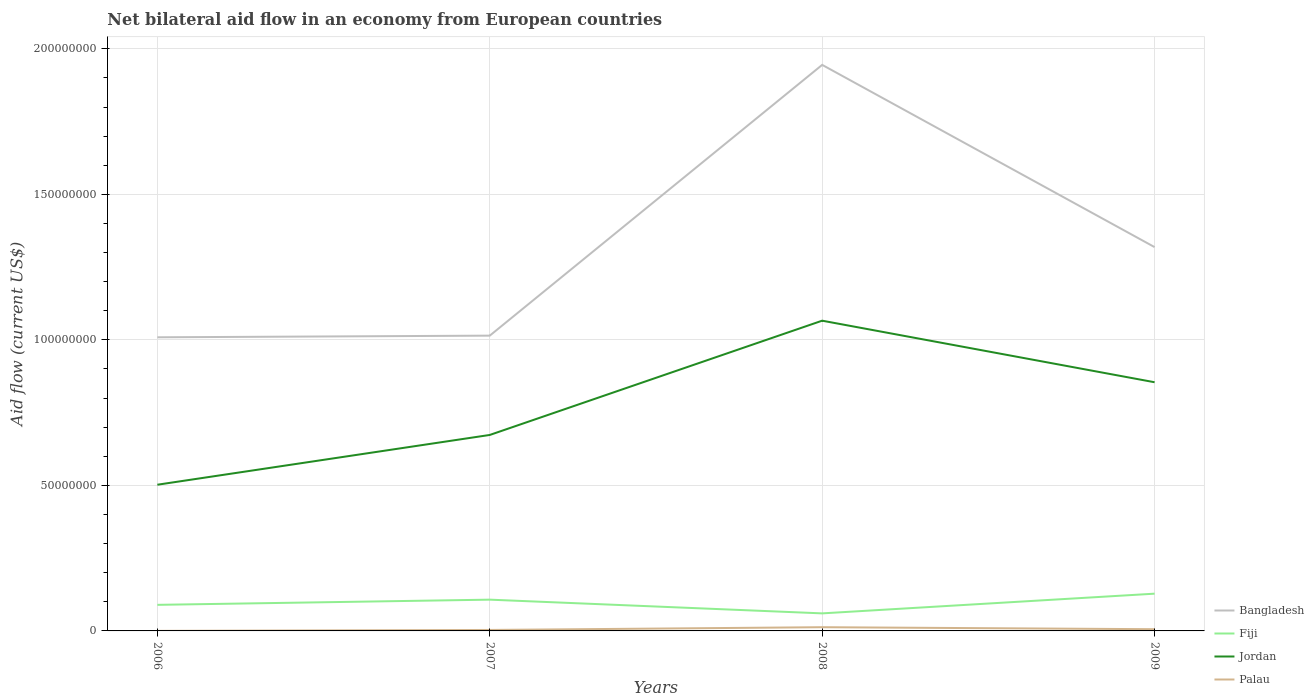
| Years | Bangladesh | Fiji | Jordan | Palau |
 | --- | --- | --- | --- | --- |
 | 2006 | 1.01e+08 | 8.96e+06 | 5.02e+07 | 2e+04 |
 | 2007 | 1.01e+08 | 1.07e+07 | 6.73e+07 | 3.3e+05 |
 | 2008 | 1.94e+08 | 6.03e+06 | 1.07e+08 | 1.28e+06 |
 | 2009 | 1.32e+08 | 1.28e+07 | 8.54e+07 | 5.9e+05 |